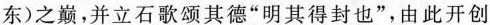
东)之巅，并立石歌颂其德“明其得封也”，由此开创